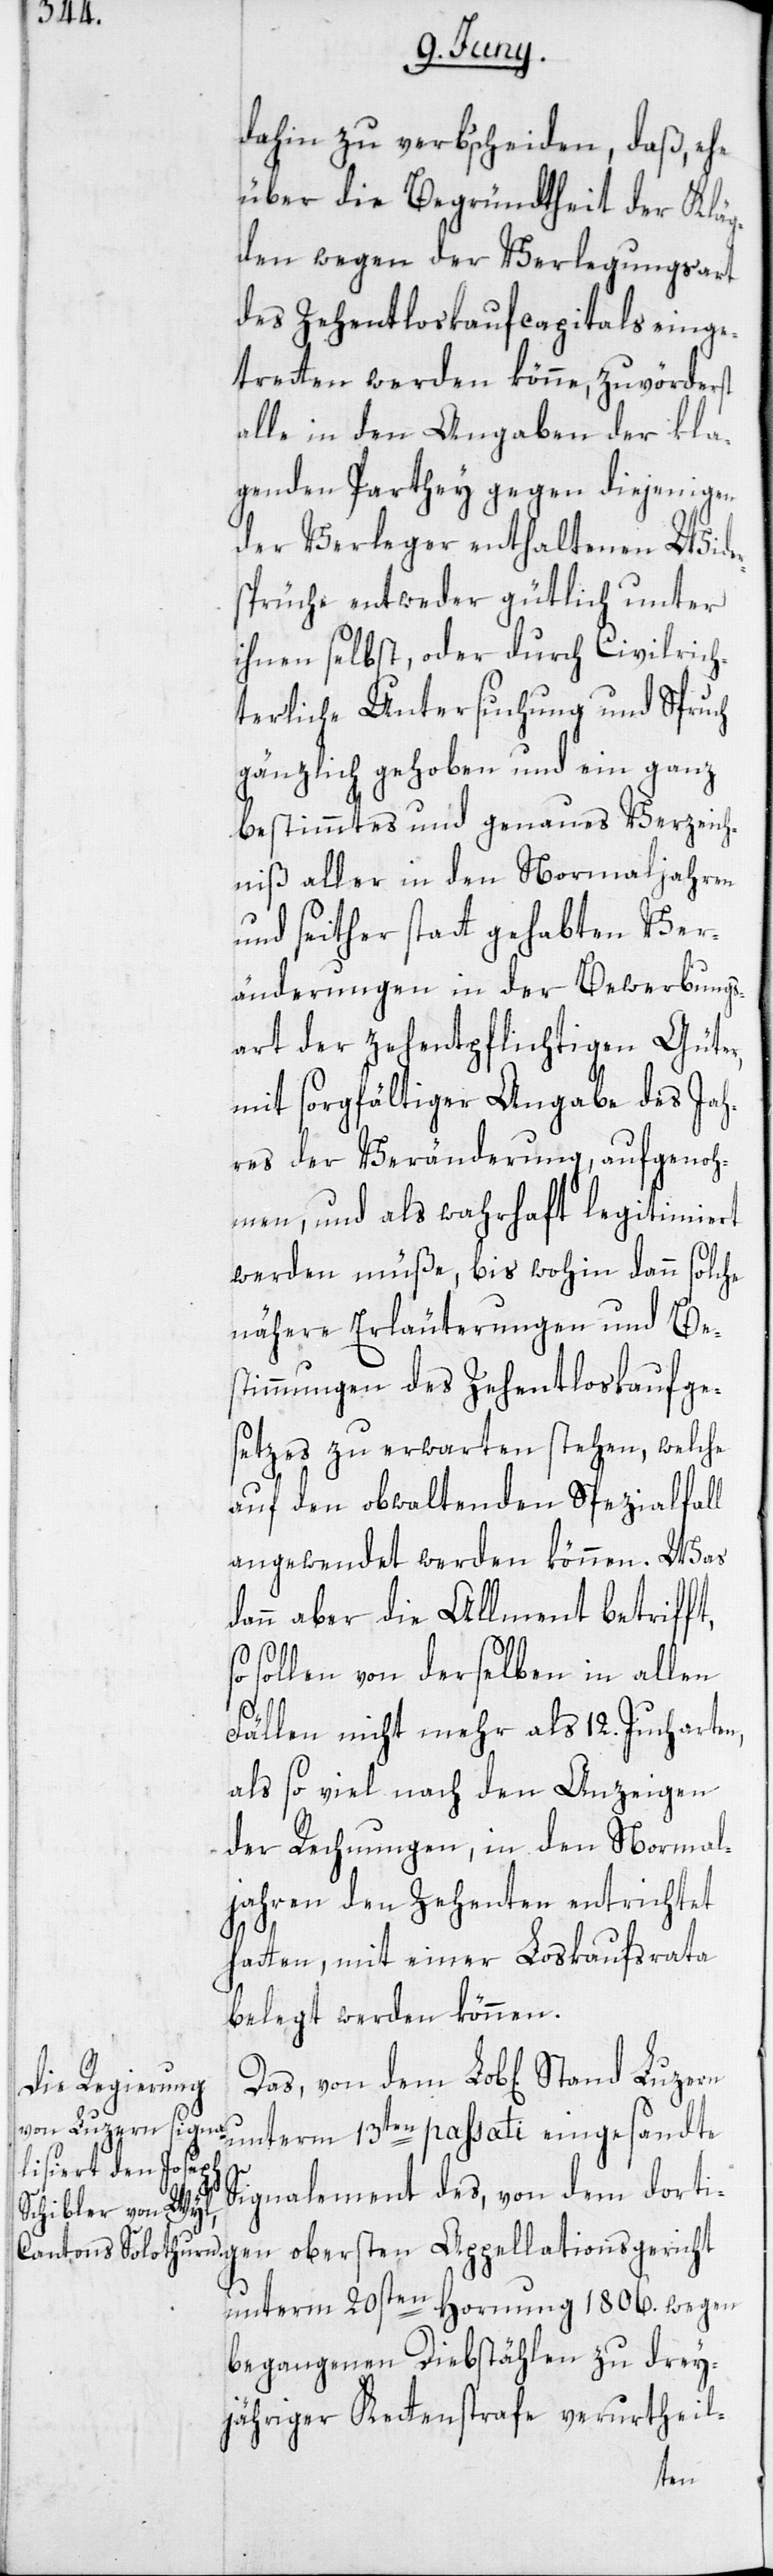
dahin zu verb’scheiden, daß, ehe
über die Begründtheit der Kläg¬
den wegen der Verlegungsart
des Zehentloskaufcapitals einge¬
tretten werden könne, zuvörderst
alle in den Angaben der kla¬
genden Parthey gegen diejenigen
der Verleger enthaltenen Wider¬
sprüche entweder gütlich unter
ihnen selbst, oder durch Civilrich¬
terliche Untersuchung und Spruch
gänzlich gehoben und ein ganz
bestimmtes und genaues Verzeich¬
niß aller in den Normaljahren
und seither statt gehabten Ver¬
änderungen in der Bewerbungs¬
art der zehentpflichtigen Güter,
mit sorgfältiger Angabe des Jah¬
res der Veränderung, aufgenoh¬
men, und als wahrhaft legitimiert
werden müße, bis wohin dann solche
nähere Erläuterungen und Be¬
stimmungen des Zehentenloskaufge¬
setzes zu erwarten stehen, welche
auf den obwaltenden Spezialfall
angewendet werden können. Was
dann aber die Allment betrifft,
sollen von derselben in allen
Fällen nicht mehr als 12. Jucharten,
als so viel nach den Anzeigen
der Rechnungen, in den Normal¬
jahren den Zehenten entrichtet
hatten, mit einer Loskaufsrata
belegt werden können.
unterm 13ten passati eingesandte
Signalement des, von dem dorti¬
unterm 20sten Hornung 1806. wegen
begangenen Diebstählen zu drey¬
jähriger Kettenstrafe verurtheil-
gen